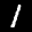
Label: 1